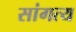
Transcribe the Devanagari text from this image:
सांगत्य